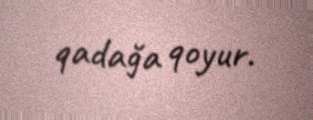
qadağa qoyur.